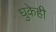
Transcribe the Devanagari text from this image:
धुकेही